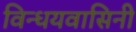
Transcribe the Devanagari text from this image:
विन्धयवासिनी